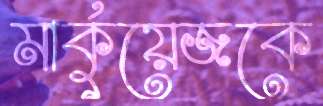
মার্কুয়েজকে